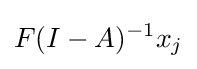
F(I-A)^{-1}x_{j}